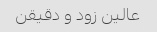
عالین زود و دقیقن